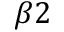
\beta 2